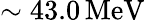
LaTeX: \mathrm{\sim 43.0\, MeV}